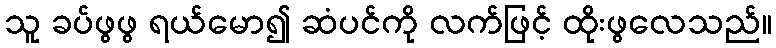
သူ ခပ်ဖွဖွ ရယ်မော၍ ဆံပင်ကို လက်ဖြင့် ထိုးဖွလေသည်။